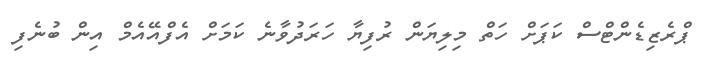
ޕްރެޒިޑެންޓްސް ކަޕަށް ހަތް މިލިޔަން ރުފިޔާ ހަރަދުވާނެ ކަމަށް އެފްއޭއެމް އިން ބުނެފި